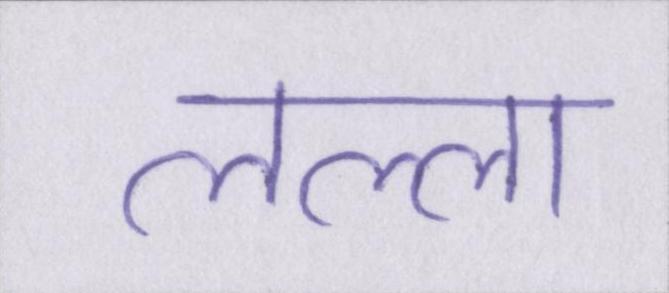
लल्ला